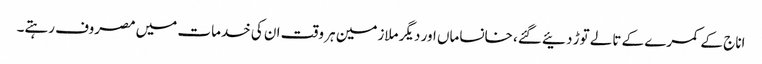
اناج کے کمرے کے تالے توڑ دئیے گئے، خانساماں اور دیگر ملازمین ہر وقت ان کی خدمات میں مصروف رہتے۔